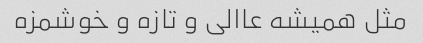
مثل همیشه عاالی و تازه و خوشمزه